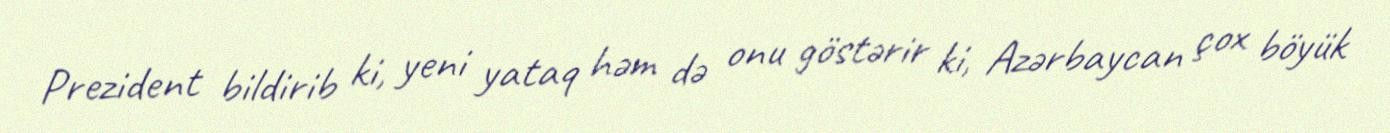
Prezident bildirib ki, yeni yataq həm də onu göstərir ki, Azərbaycan çox böyük